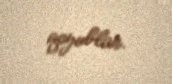
qoyublar.